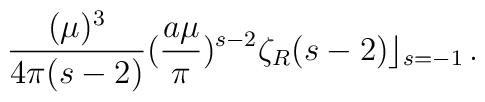
\frac{(\mu)^3}{4\pi (s-2)}(\frac{a\mu}{\pi})^{s-2}{\zeta}_{R} (s-2)\rfloor_{s=-1} \,.